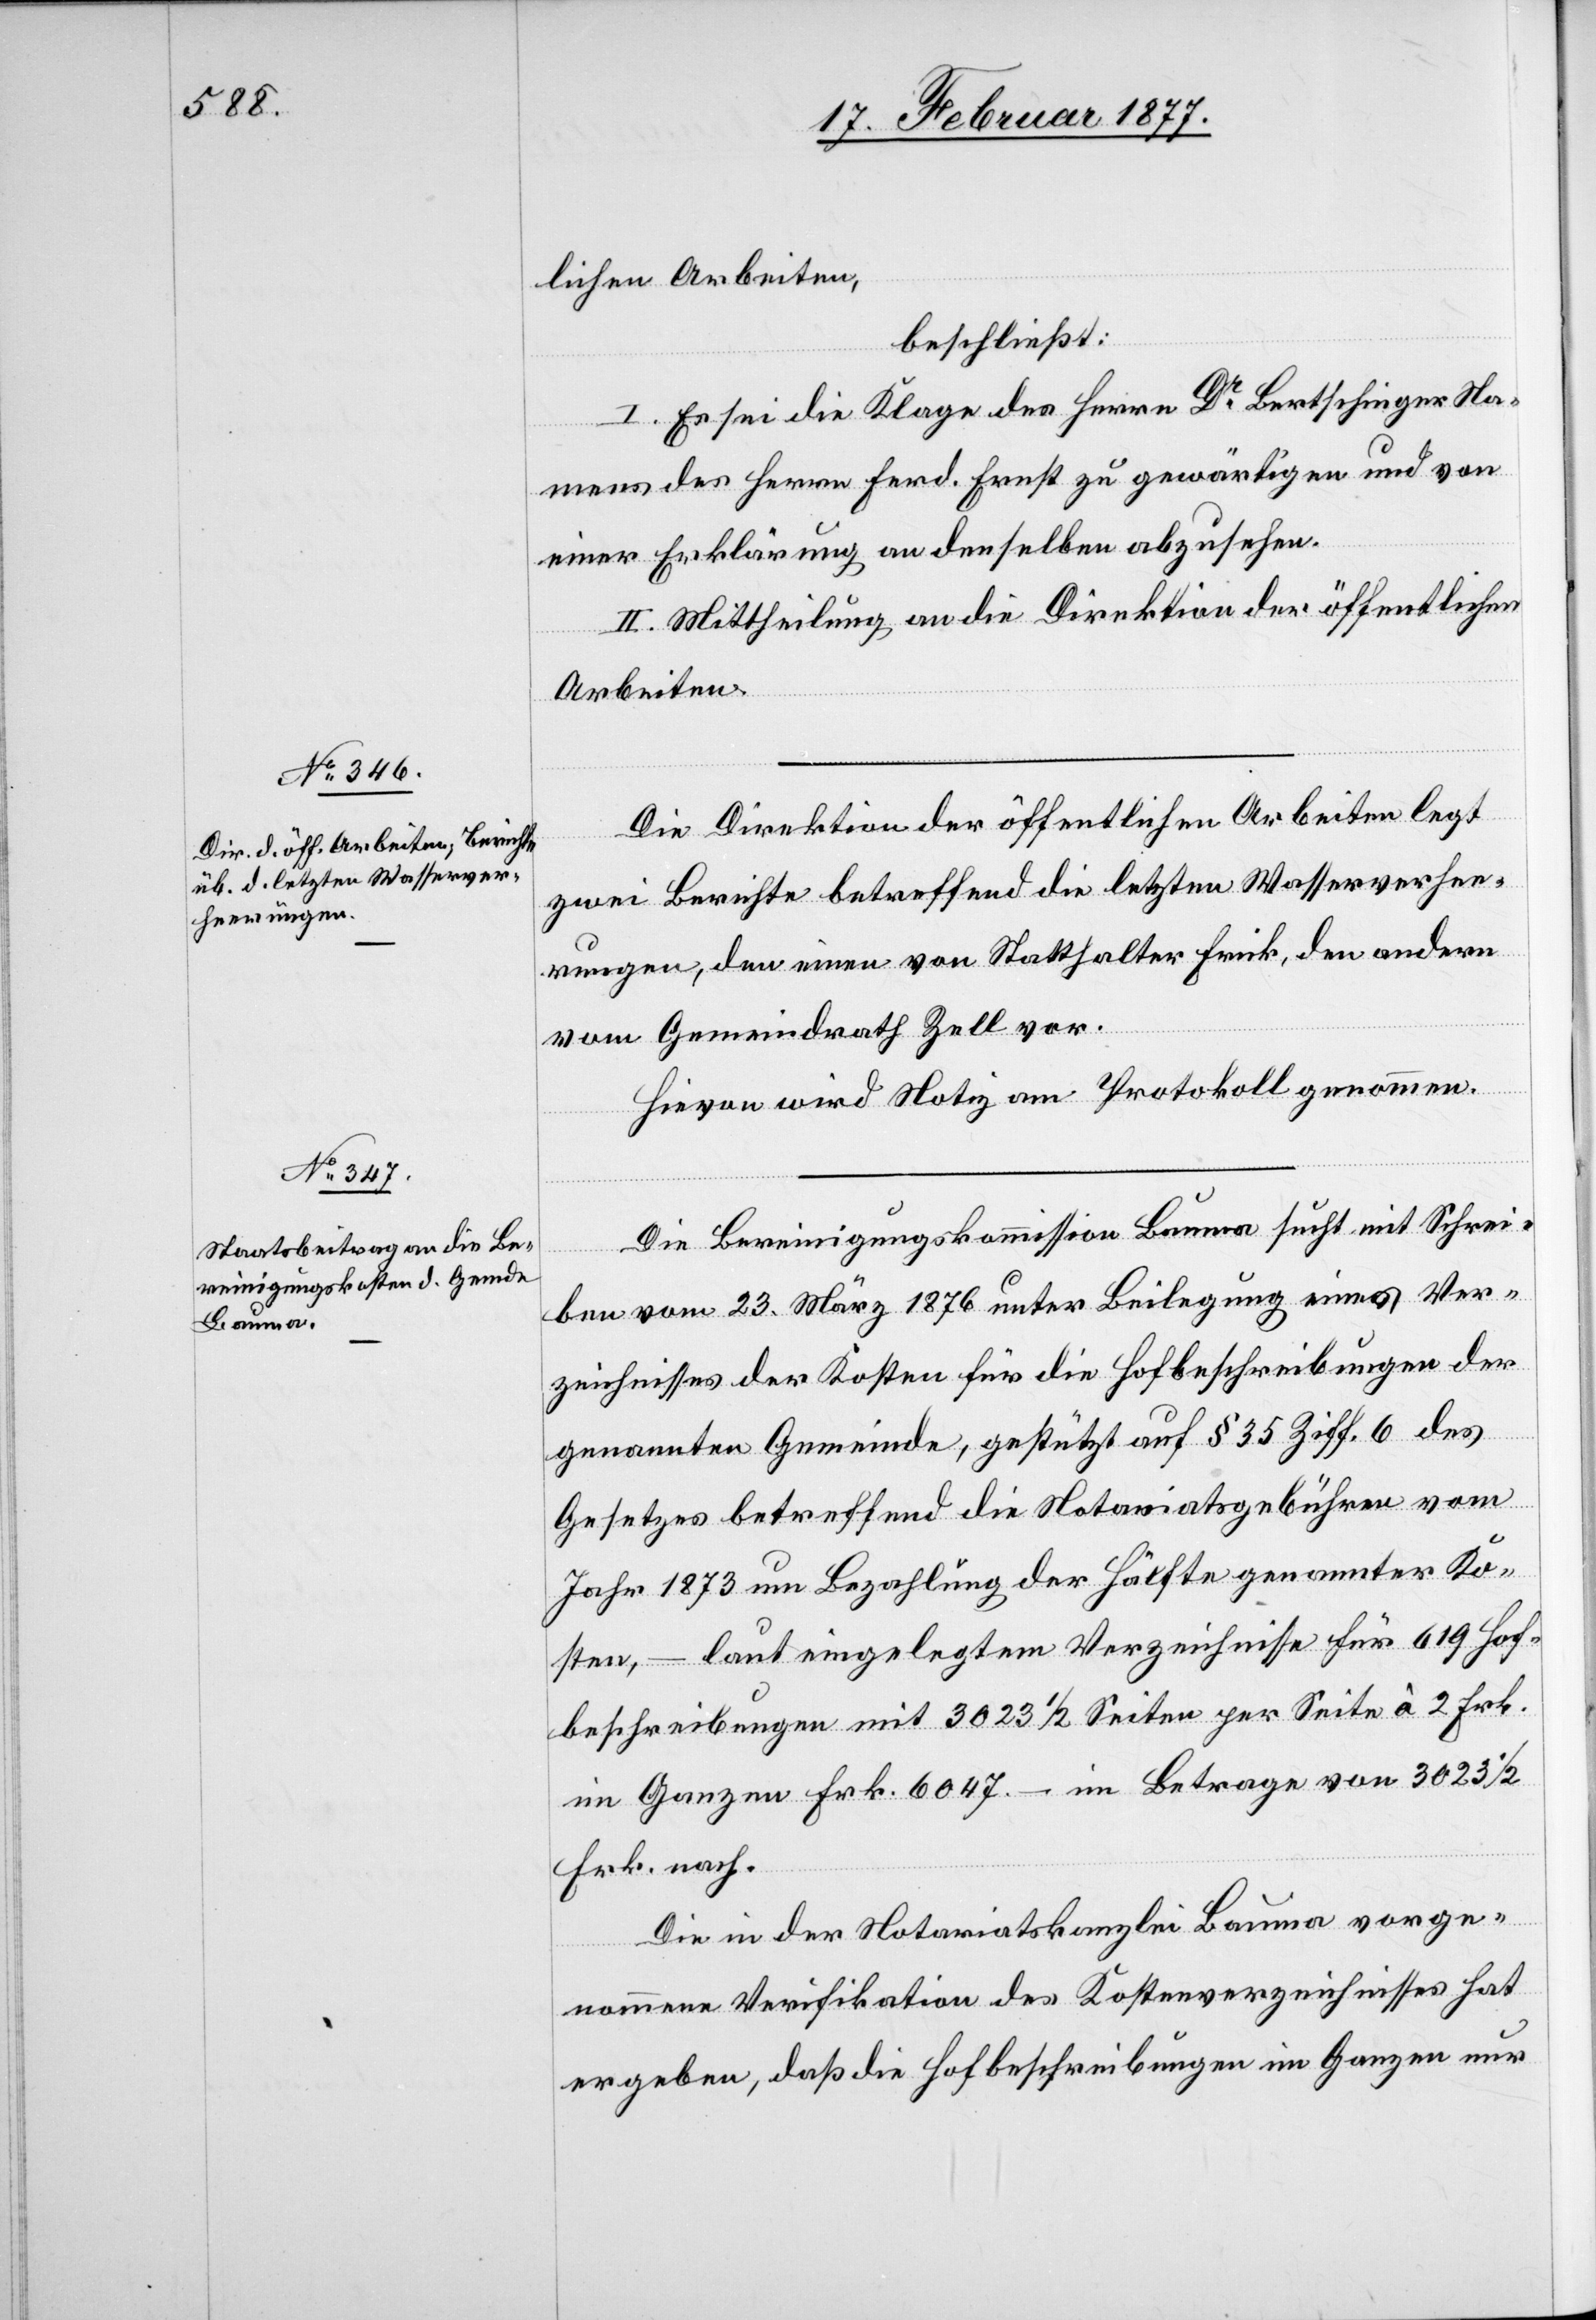
lichen Arbeiten,
beschließt:
I. Es sei die Klage des Herrn Dr Bertschinger Na¬
mens des Herrn Ferd. Ernst zu gewärtigen und von
einer Erklärung an denselben abzusehen.
II. Mittheilung an die Direktion der öffentlichen
Arbeiten.
Die Direktion der öffentlichen Arbeiten legt
zwei Berichte betreffend die letzten Wasserverhee¬
rungen, den einen von Statthalter Frick, den andern
vom Gemeindrath Zell vor.
Hievon wird Notiz am Protokoll genommen.
Die Bereinigungskommission Bauma sucht mit Schrei¬
ben vom 23. März 1876 unter Beilegung eines Ver¬
zeichnisses der Kosten für die Hofbeschreibungen der
genannten Gemeinde, gestützt auf § 35 Ziff. 6 des
Gesetzes betreffend die Notariatsgebühren vom
Jahr 1873 um Bezahlung der Hälfte genannter Ko¬
sten, – laut eingelegtem Verzeichnisse für 619 Hof¬
beschreibungen mit 3023 1/2 Seiten per Seite à 2 Frk.
im Ganzen Frk. 6047. – im Betrage von 3023 1/2
Frk. nach.
Die von der Notariatskanzlei Bauma vorge¬
nommene Verifikation des Kostenverzeichnisses hat
ergeben, daß die Hofbeschreibungen im Ganzen nur